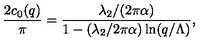
{ \frac { 2 c _ { 0 } ( q ) } { \pi } } = { \frac { \lambda _ { 2 } / ( 2 \pi \alpha ) } { 1 - ( \lambda _ { 2 } / 2 \pi \alpha ) \ln ( q / \Lambda ) } } ,